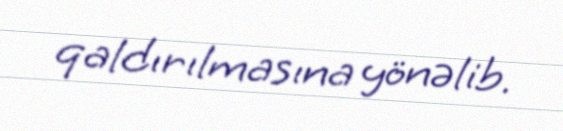
qaldırılmasına yönəlib.